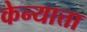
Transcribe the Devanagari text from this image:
केन्यात्ता